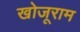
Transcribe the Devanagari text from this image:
खोजूराम